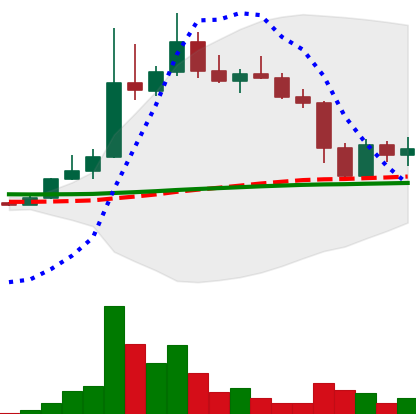
Ticker: DOGE-USD
Chart end date: 2022-11-12
Forward return: -3.719%
Label: down_3_5